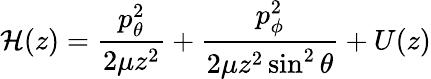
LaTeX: \mathcal{H}(z)=\frac{p_{\theta}^{2}}{2\mu z^{2}}+\frac{p_{\phi}^{2}}{2\mu z^{2}\sin^{2}\theta}+U(z)